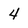
Character: 4